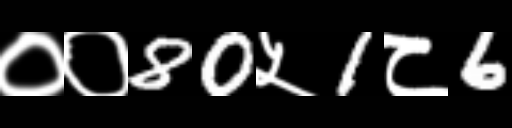
Text: ००80५1८6